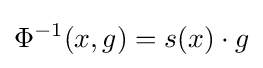
\Phi ^{-1}(x,g)=s(x)\cdot g